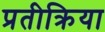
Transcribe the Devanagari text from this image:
प्रतीक्रिया